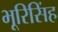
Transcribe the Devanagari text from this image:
भूरिसिंह